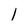
Character: 1